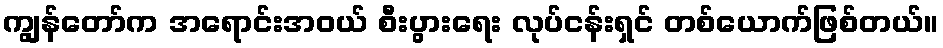
ကျွန်တော်က အရောင်းအဝယ် စီးပွားရေး လုပ်ငန်းရှင် တစ်ယောက်ဖြစ်တယ်။